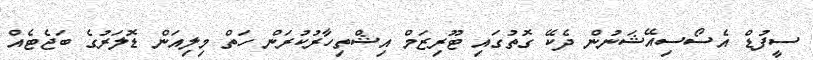
ސީފުޑް އެސޯސިއޭޝަނުން ދެކޭ ގޮތުގައި ޓޫރިޒަމް އިޝްތިހާރުކުރަން ހަތް މިލިއަން ޑޮލަރުގެ ބަޖެޓެއް